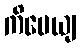
ကိမေယျ